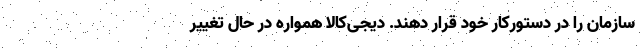
سازمان را در دستورکار خود قرار دهند. دیجی‌کالا همواره در حال تغییر